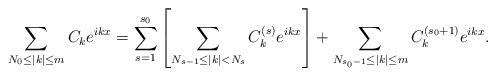
LaTeX: \begin{align*}\sum_{N_0 \leq |k|\leq m} C_k e^{ikx}=\sum_{s=1}^{s_0} \left[\sum_{N_{s-1}\leq |k|<N_s} C_k^{(s)}e^{ikx}\right]+\sum_{N_{s_0-1}\leq |k|\leq m} C_k^{(s_0+1)} e^{ikx}.\end{align*}